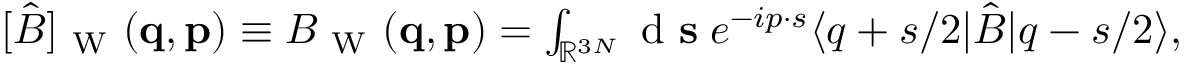
\begin{array} { r } { [ \hat { B } ] _ { \mathrm { ~ W ~ } } ( \ensuremath { \mathbf { q } } , \ensuremath { \mathbf { p } } ) \equiv B _ { \mathrm { ~ W ~ } } ( \ensuremath { \mathbf { q } } , \ensuremath { \mathbf { p } } ) = \int _ { \mathbb { R } ^ { 3 N } } \ensuremath { \mathrm { ~ d ~ } } \ensuremath { \mathbf { s } } \; e ^ { - i \b { p } \cdot \b { s } } \ensuremath { \langle \b { q } + \b { s } / 2 \vert } \hat { B } \ensuremath { \vert \b { q } - \b { s } / 2 \rangle } , } \end{array}